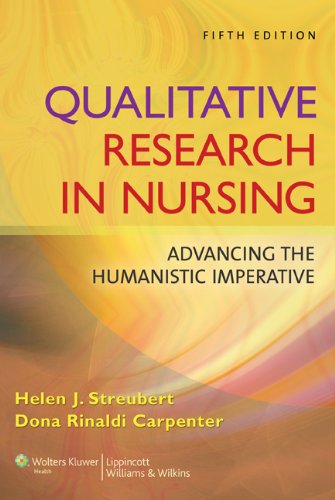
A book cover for Qualitative Research in Nursing: Advancing the Humanistic Imperative; Helen J. Streubert EdD  RN  ANEF; Medical Books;